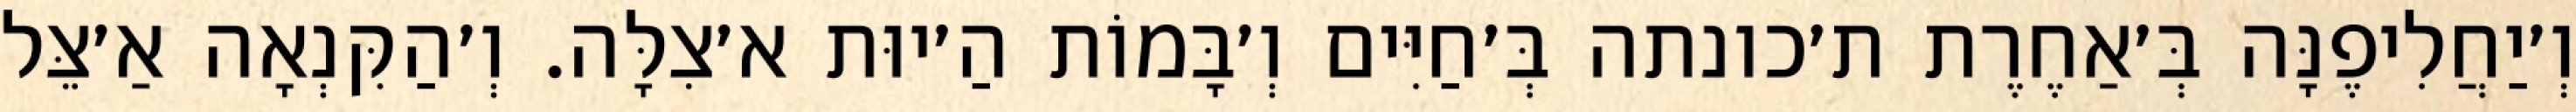
וְ׳יַחֲלִיפֶנָּה בְּ׳אַחֶרֶת ת׳כונתה בְּ׳חַיִּים וְ׳בָּמוֹת הַ׳יוּת א׳צִלָּה. וְ׳הַקִּנְאָה אַ׳צֵּל